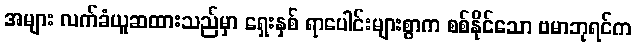
အများ လက်ခံယူဆထားသည်မှာ ရှေးနှစ် ရာပေါင်းများစွာက စစ်နိုင်သော ဗမာဘုရင်က